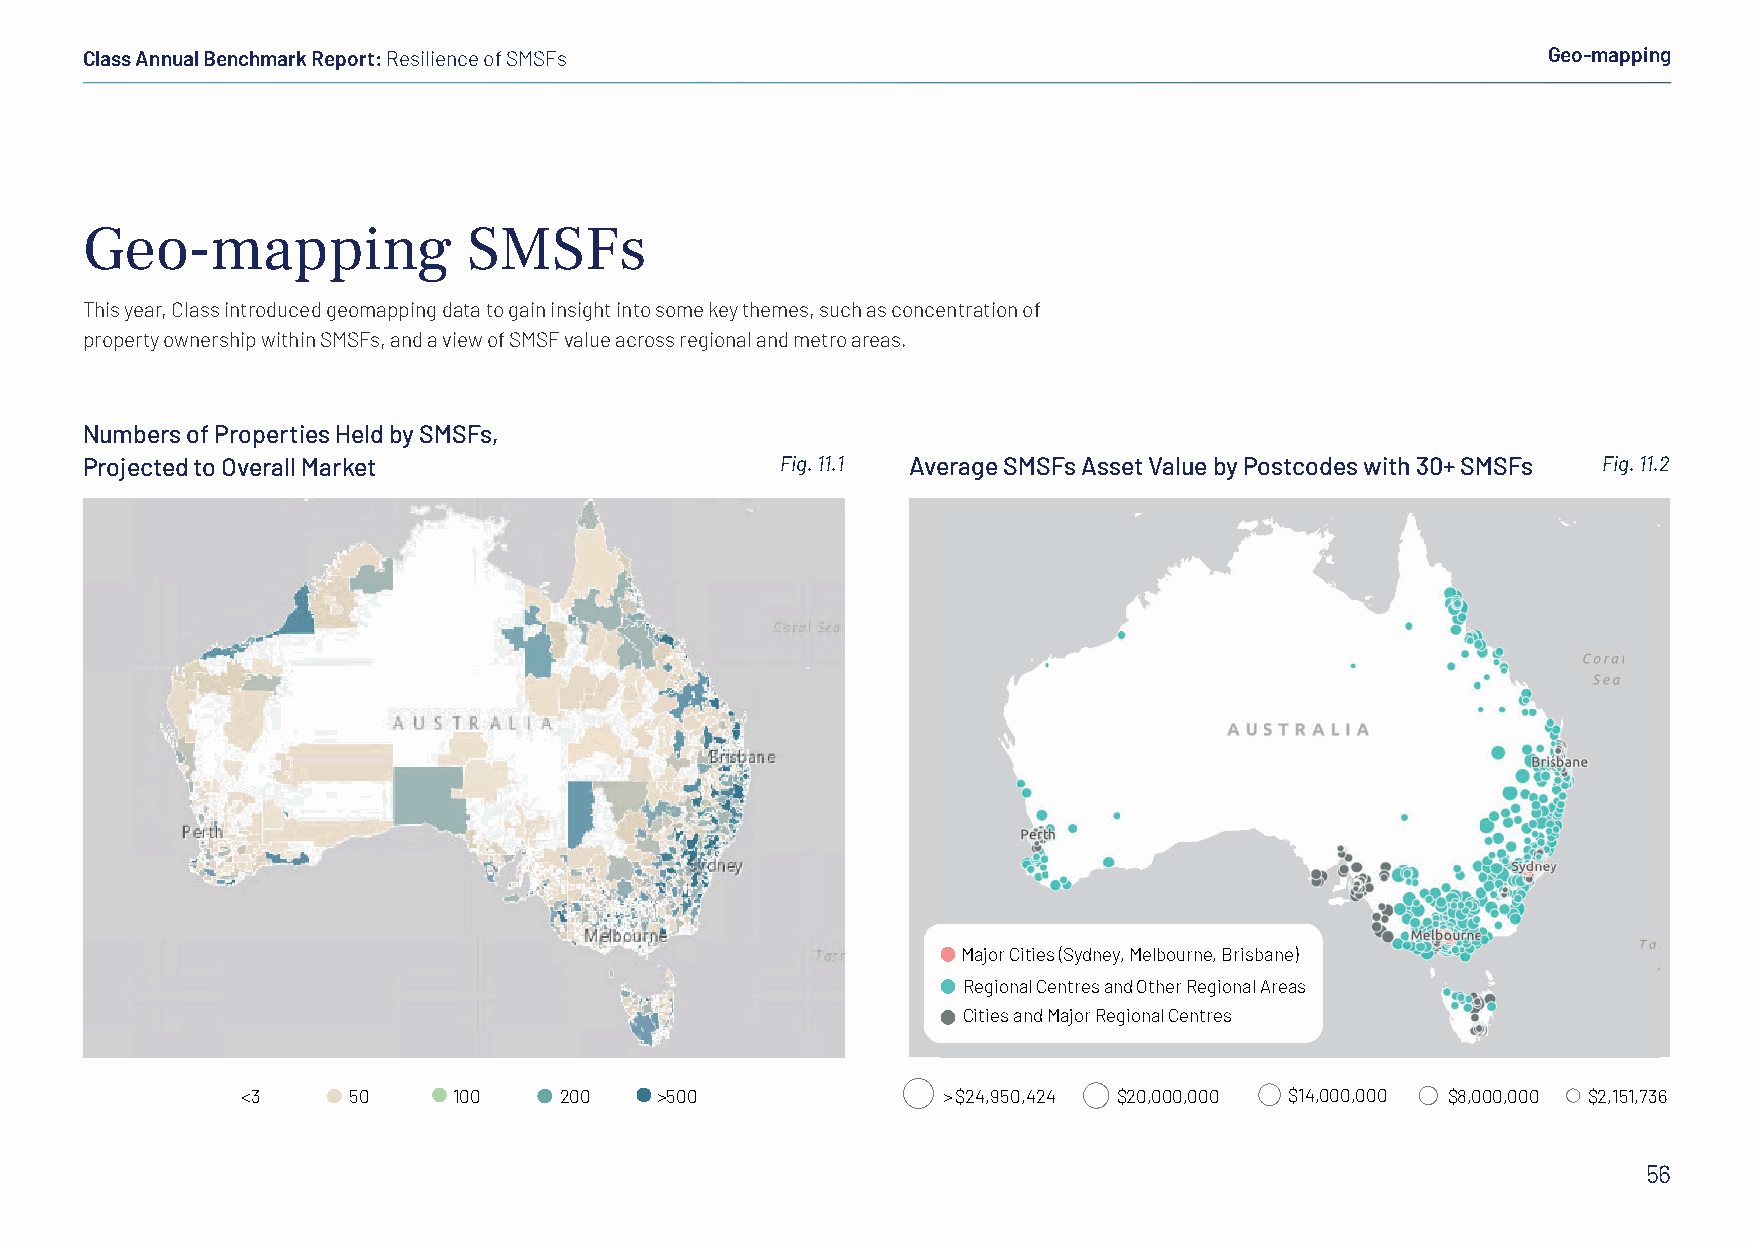
Class Annual Benchmark Report: Resilience of SMSFs                                               Geo-mapping
 Geo-mapping               SMSFs
 This year, Class introduced geomapping data to gain insight into some key themes, such as concentration of
 property ownership within SMSFs, and a view of SMSF value across regional and metro areas.
 Numbers of Properties Held by SMSFs,
 Projected to Overall Market                    Fig. 11.1 Average SMSFs Asset Value by Postcodes with 30+ SMSFs Fig. 11.2
 Major Cities (Sydney, Melbourne, Brisbane)
 Regional Centres and Other Regional Areas
 Cities and Major Regional Centres
 <3     50     100    200    >500              > $24,950,424 $20,000,000 $14,000,000 $8,000,000 $2,151,736
 56